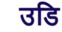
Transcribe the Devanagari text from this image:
उडि